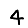
Digit: 4